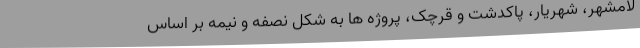
لامشهر، شهریار، پاکدشت و قرچک، پروژه ها به شکل نصفه و نیمه بر اساس